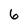
Character: 6